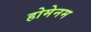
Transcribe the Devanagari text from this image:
होमेनम